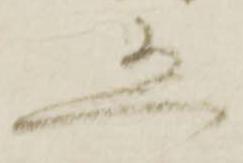
恐